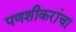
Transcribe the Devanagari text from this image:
पणशीकरांचा